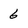
Character: 6